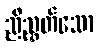
ညီညွှတ်သော